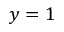
y = 1